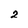
Character: 2